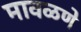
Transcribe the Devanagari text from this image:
मावळणे